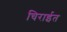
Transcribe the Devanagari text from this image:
चिराईत